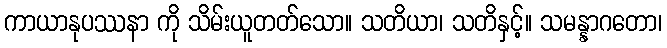
ကာယာနုပဿနာ ကို သိမ်းယူတတ်သော။ သတိယာ၊ သတိနှင့်။ သမန္နာဂတော၊